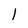
Character: l